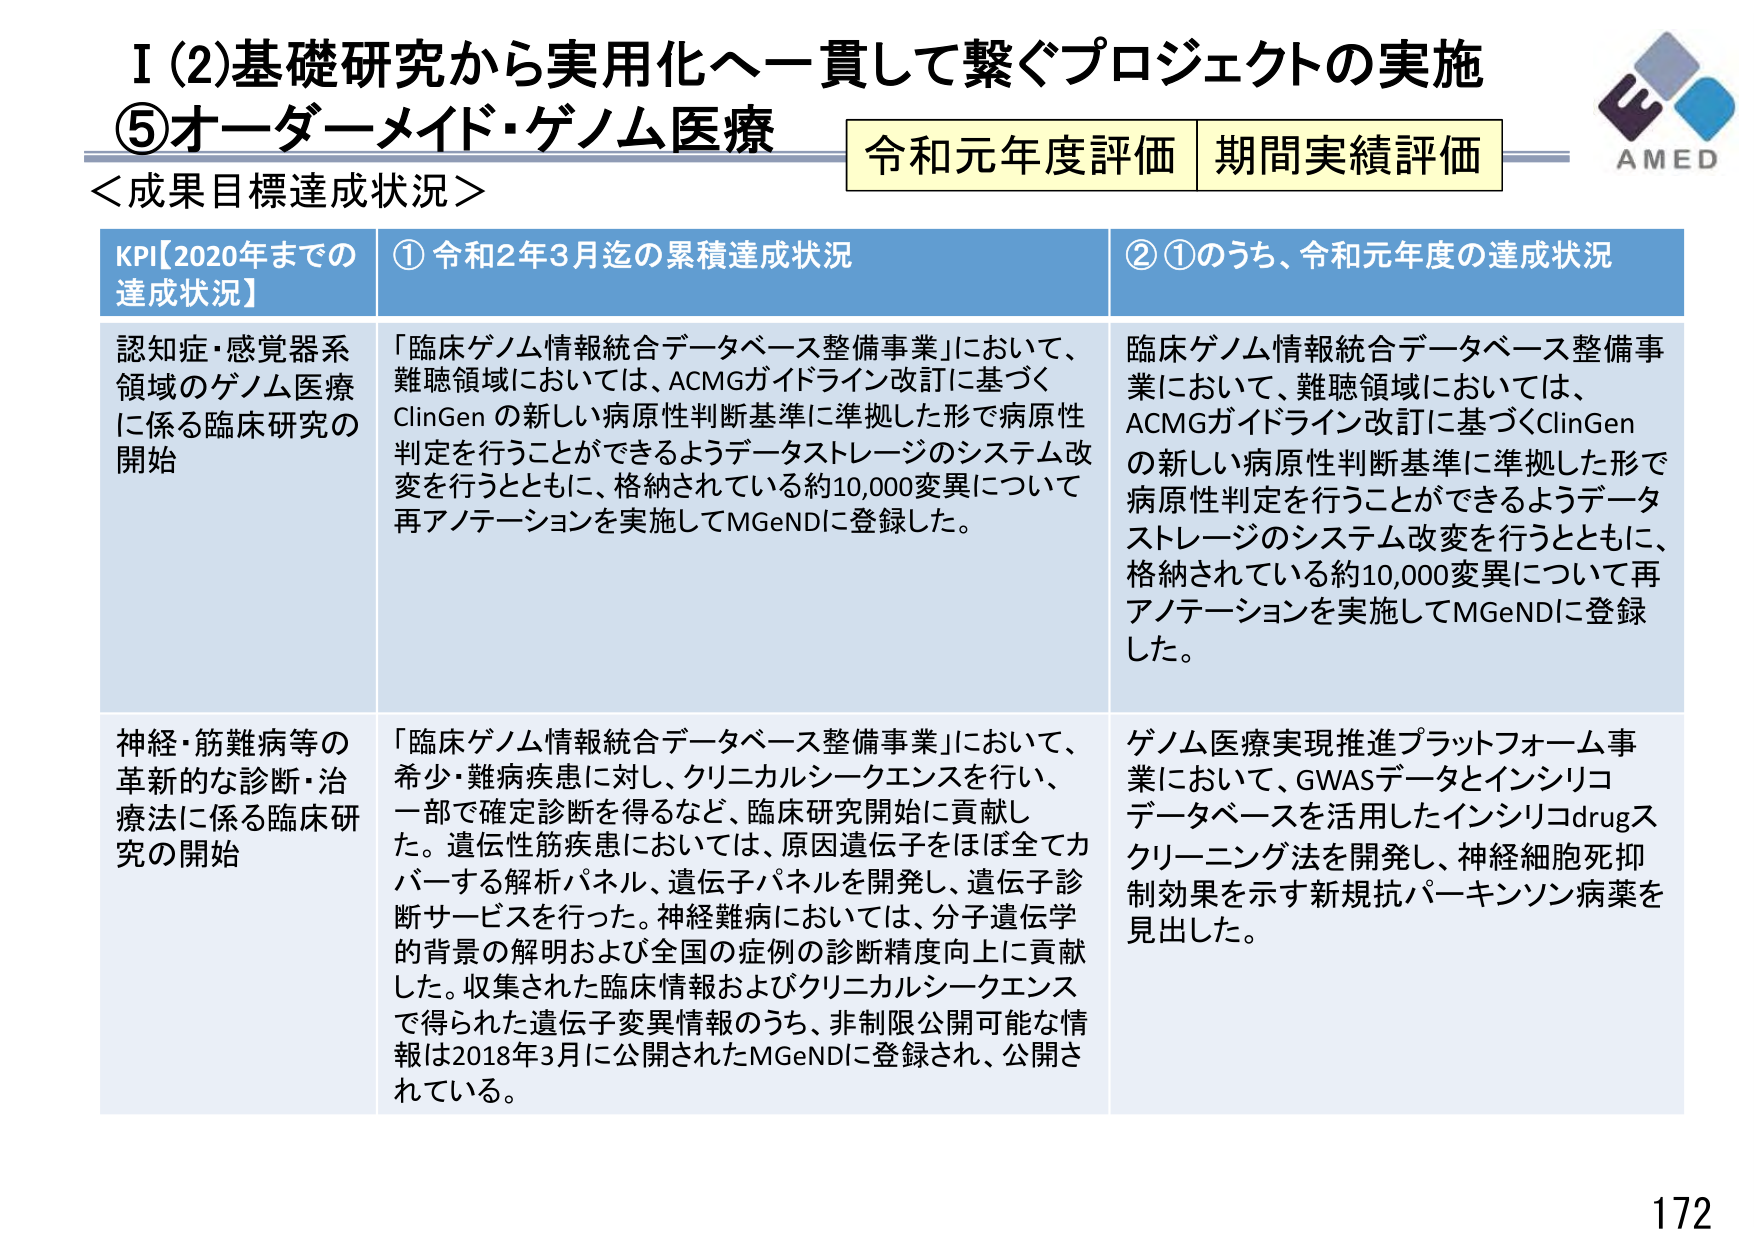
I (2) 基礎研究から実用化へ一貫して繋ぐプロジェクトの実施
⑤ オーダーメイド・ゲノム医療
＜成果目標達成状況＞
令和元年度評価 期間実績評価
AMED

KPI【2020年までの達成状況】
① 令和2年3月迄の累積達成状況
② ①のうち、令和元年度の達成状況

認知症・感覚器系領域のゲノム医療に係る臨床研究の開始
「臨床ゲノム情報統合データベース整備事業」において、難聴領域においては、ACMGガイドライン改訂に基づくClinGenの新しい病原性判断基準に準拠した形で病原性判定を行うことができるようデータストレージのシステム改変を行うとともに、格納されている約10,000変異について再アノテーションを実施してMGeNDに登録した。
臨床ゲノム情報統合データベース整備事業において、難聴領域においては、ACMGガイドライン改訂に基づくClinGenの新しい病原性判断基準に準拠した形で病原性判定を行うことができるようデータストレージのシステム改変を行うとともに、格納されている約10,000変異について再アノテーションを実施してMGeNDに登録した。

神経・筋難病等の革新的な診断・治療法に係る臨床研究の開始
「臨床ゲノム情報統合データベース整備事業」において、希少・難病疾患に対し、クリニカルシークエンスを行い、一部で確定診断を得るなど、臨床研究開始に貢献した。遺伝性筋疾患においては、原因遺伝子をほぼ全てカバーする解析パネル、遺伝子パネルを開発し、遺伝子診断サービスを行った。神経難病においては、分子遺伝学的背景の解明および全国の症例の診断精度向上に貢献した。収集された臨床情報およびクリニカルシークエンスで得られた遺伝子変異情報のうち、非制限公開可能な情報は2018年3月に公開されたMGeNDに登録され、公開されている。
ゲノム医療実現推進プラットフォーム事業において、GWASデータとインシリコデータベースを活用したインシリコdrugスクリーニング法を開発し、神経細胞死抑制効果を示す新規抗パーキンソン病薬を見出した。

172